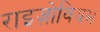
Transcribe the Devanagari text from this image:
राइज़ोवियम